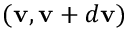
( \boldsymbol { \mathbf { v } } , \boldsymbol { \mathbf { v } } + d \boldsymbol { \mathbf { v } } )